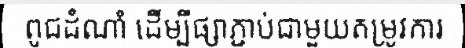
ពូជដំណាំ ដើម្បីផ្សាភ្ជាប់ជាមួយតម្រូវការ